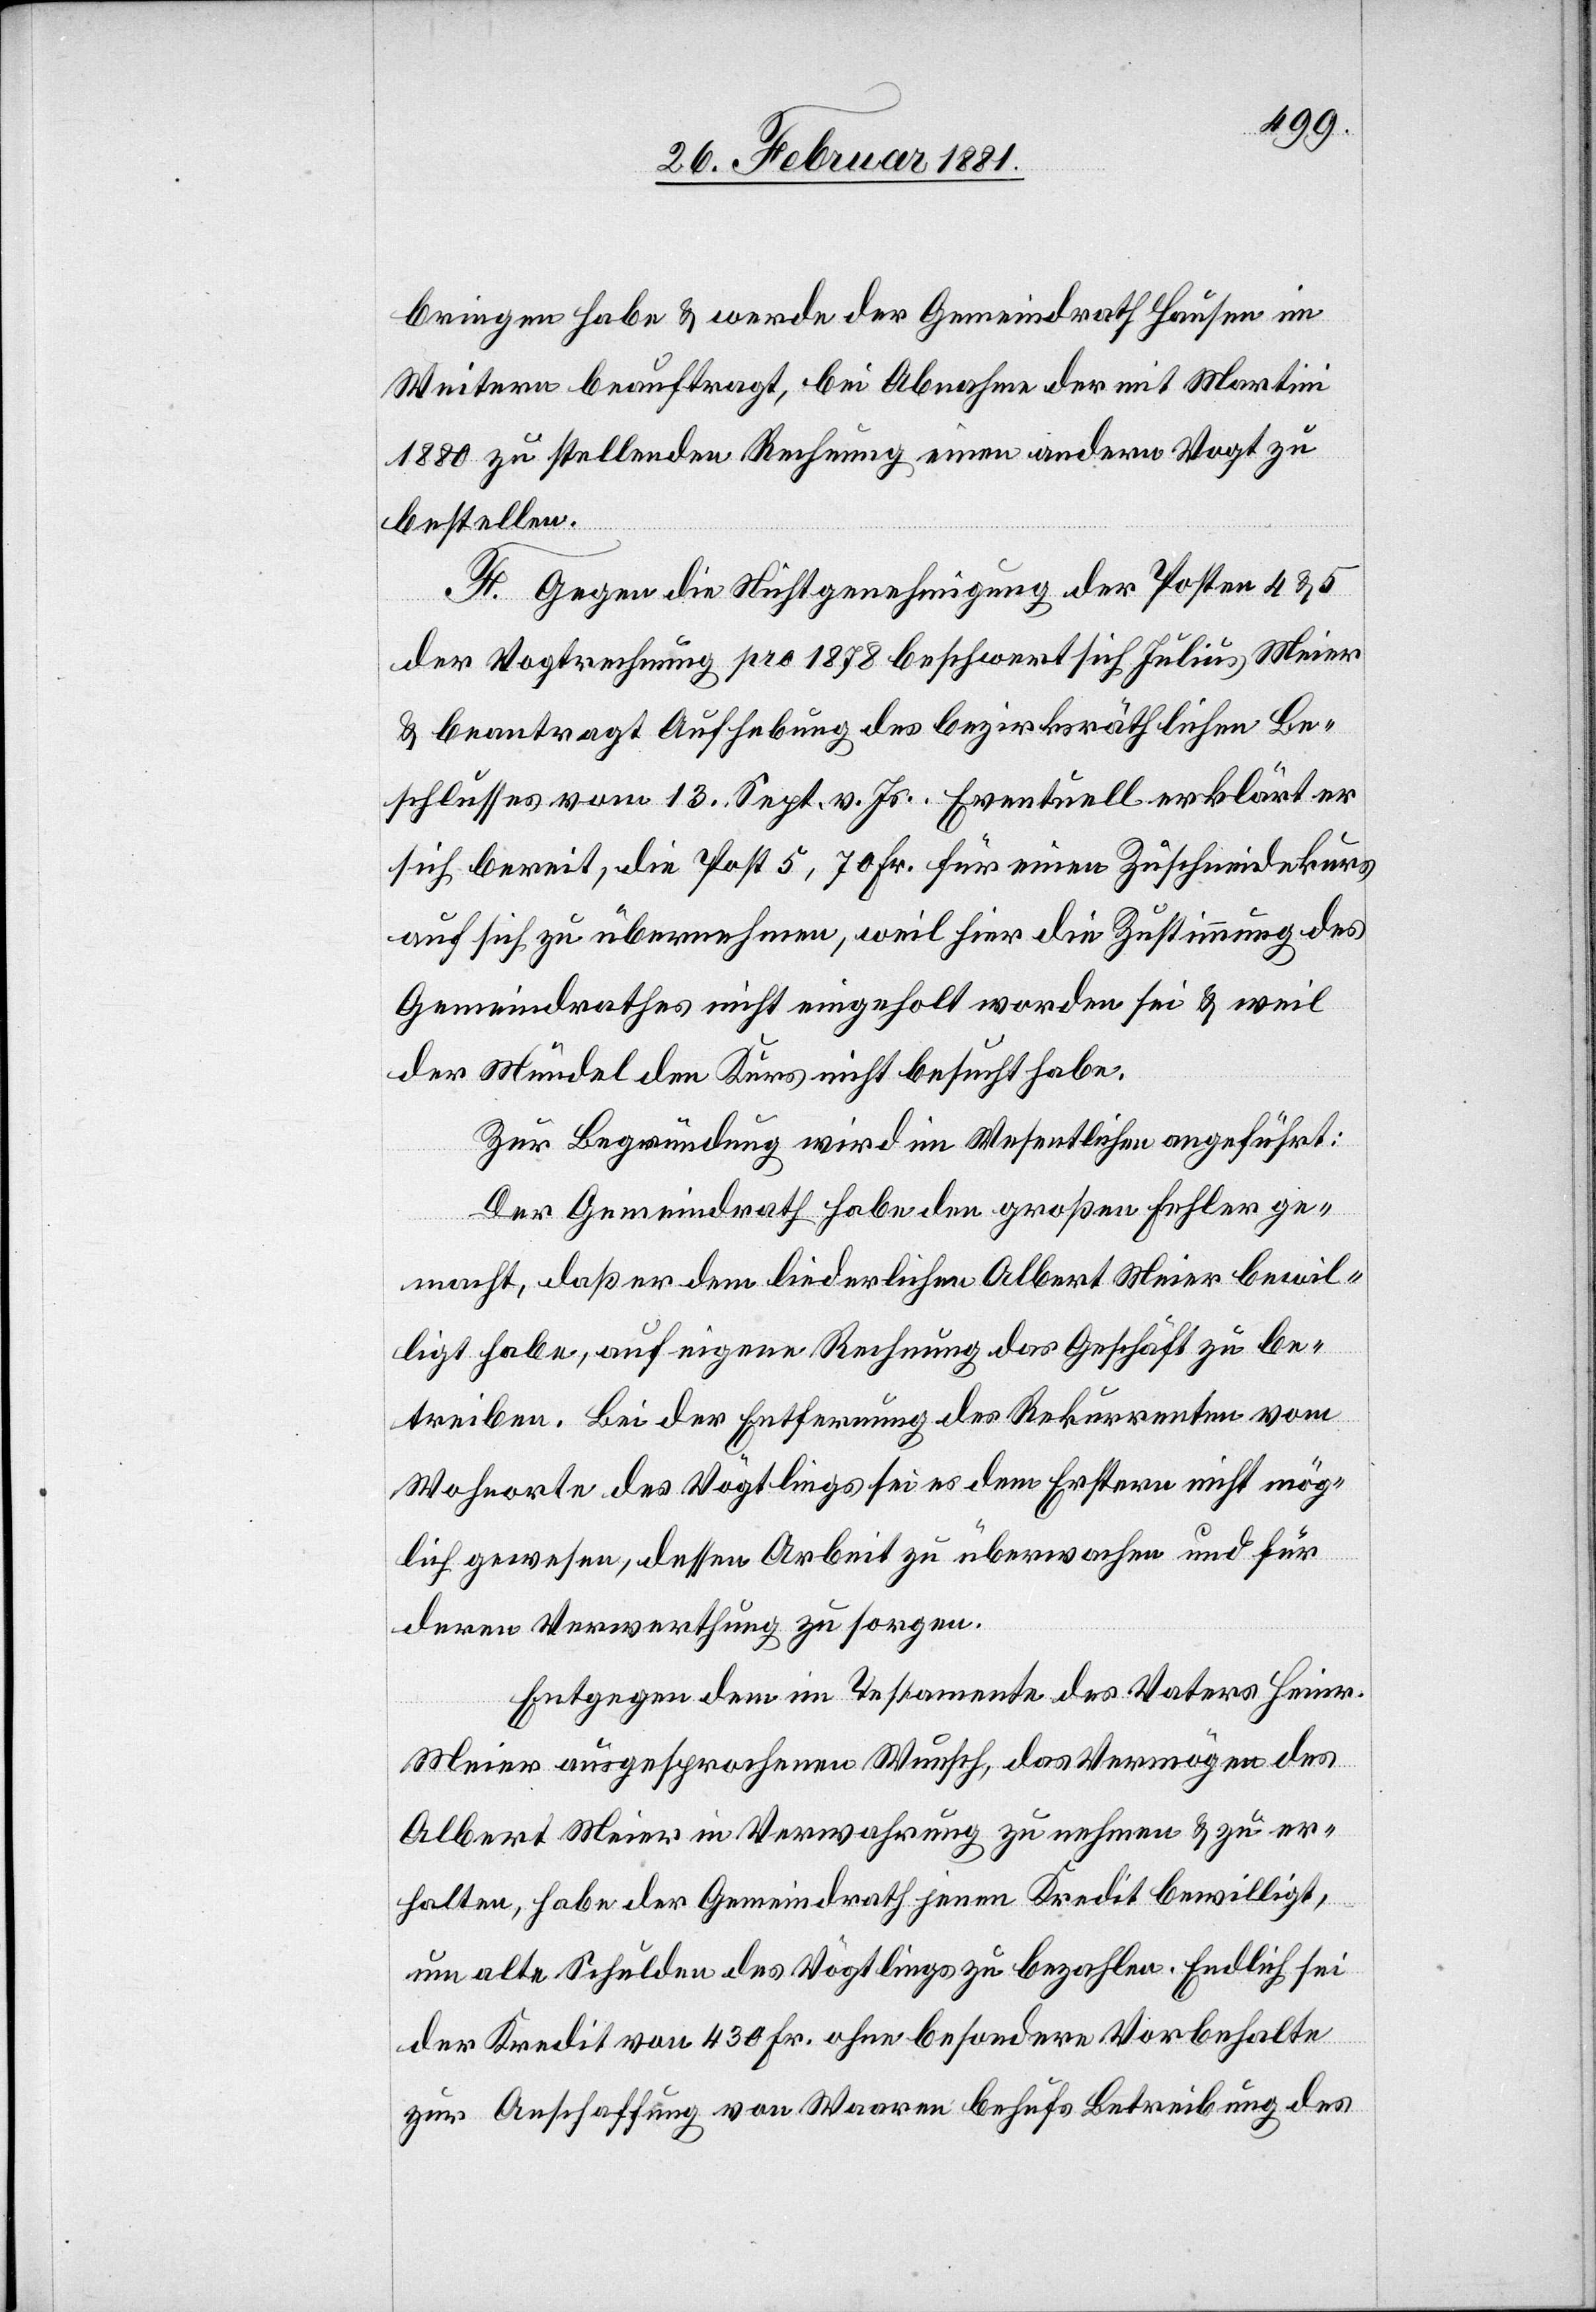
bringen habe & werde der Gemeindrath Hausen im
Weitern beauftragt, bei Abnahme der mit Martini
1880 zu stellenden Rechnung einen andern Vogt zu
bestellen.
F. Gegen die Nichtgenehmigung der Posten 4 & 5
der Vogtrechnung pro 1878 beschwert sich Julius Meier
& beantragt Aufhebung des bezirksräthlichen Be¬
schlusses vom 13. Sept. v. Js. Eventuell erklärt er
sich bereit, die Post 5, 70 Fr. für einen Zuschneidekurs
auf sich zu übernehmen, weil hier die Zustimmung des
Gemeindrathes nicht eingeholt worden sei & weil
der Mündel den Kurs nicht besucht habe.
Zur Begründung wird im Wesentlichen angeführt:
Der Gemeindrath habe den großen Fehler ge¬
macht, daß er dem liederlichen Albert Meier bewil¬
ligt habe, auf eigene Rechnung das Geschäft zu be¬
treiben. Bei der Entfernung des Rekurrenten vom
Wohnorte des Vögtlings sei es dem Erstern nicht mög¬
lich gewesen, dessen Arbeit zu überwachen und für
deren Verwerthung zu sorgen.
Entgegen dem im Testamente des Vaters Heinr.
Meier ausgesprochenen Wunsch, das Vermögen des
Albert Meier in Verwahrung zu nehmen & zu er¬
halten, habe der Gemeindrath jenen Kredit bewilligt,
um alte Schulden des Vögtlings zu bezahlen. Endlich sei
der Kredit von 430 Fr. ohne besondere Vorbehalte
zur Anschaffung von Waaren behufs Betreibung des